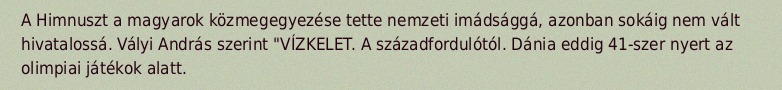
A Himnuszt a magyarok közmegegyezése tette nemzeti imádsággá, azonban sokáig nem vált hivatalossá. Vályi András szerint "VÍZKELET. A századfordulótól. Dánia eddig 41-szer nyert az olimpiai játékok alatt.